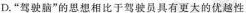
D.”驾驶脑”的思想相比于驾驶员具有更大的优越性